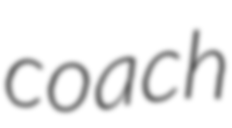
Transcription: coach